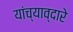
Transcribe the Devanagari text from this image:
यांच्याव्दारे